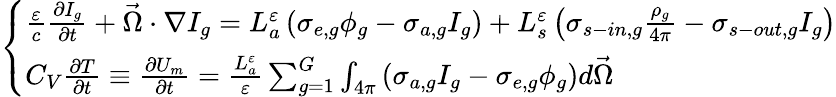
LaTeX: \left\{ \begin{array}{l}{{\frac{\varepsilon}{c}\frac{\partial I_{g}}{\partial t}+\vec{\Omega}\cdot\nabla I_{g}=L_{a}^{\varepsilon}\left(\sigma_{e,g}\phi_{g}-\sigma_{a,g}I_{g}\right)+L_{s}^{\varepsilon}\left(\sigma_{s-in,g}\frac{\rho_{g}}{4\pi}-\sigma_{s-out,g}I_{g}\right)}}\\ {{C_{V}\frac{\partial T}{\partial t}\equiv\frac{\partial U_{m}}{\partial t}=\frac{L_{a}^{\varepsilon}}{\varepsilon}\sum_{g=1}^{G}\int_{4\pi}\left(\sigma_{a,g}I_{g}-\sigma_{e,g}\phi_{g}\right)d\vec{\Omega}}}\end{array}\right.